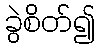
ခွဲစိတ်၍